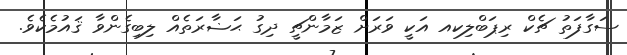
ސަގާފަތު ޗެކް ރިޕަބްލިކއ އަކީ ވަރަށް ޒަމާންޗީ ދިގު ޙަޟާރަތެއް ލިބިގެންވާ ޤައުމެކެވެ.